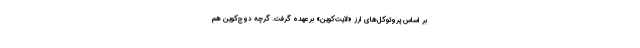
بر اساس پروتوکل‌های ارز «لایت‌کوین» برعهده گرفت. گرچه دوج‌کوین هم